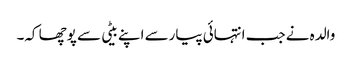
والدہ نے جب انتہائی پیارسے اپنے بیٹی سے پوچھا کہ۔